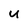
Character: u